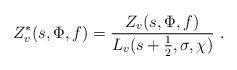
LaTeX: \begin{align*} Z^*_v(s,\Phi,f) = \frac{ Z_v(s,\Phi,f) }{ L_v(s+\frac{1}{2}, \sigma , \chi) } \ .\end{align*}